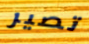
تصير